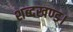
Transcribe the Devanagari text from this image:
शब्दखण्ड।